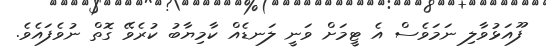
ފޫއަޅުވާލި ނަމަވެސް އެ ޓީމަށް ވަނީ ލަނޑެއް ކާމިޔާބު ކުރެވޭ ގޮތް ނުވެފައެވެ.